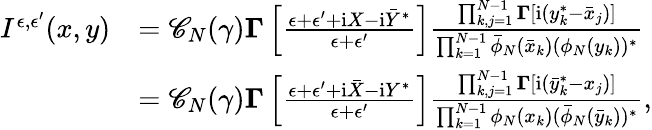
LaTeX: \begin{array}{rl}{I^{\epsilon,\epsilon^{\prime}}(x,y)}&{=\mathscr C_{N}(\gamma)\boldsymbol\Gamma\left[\frac{\epsilon+\epsilon^{\prime}+\mathrm{i}X-\mathrm{i}\bar{Y}^{*}}{\epsilon+\epsilon^{\prime}}\right]\frac{\prod_{k,j=1}^{N-1}\boldsymbol\Gamma[\mathrm{i}(y_{k}^{*}-\bar{x}_{j})]}{\prod_{k=1}^{N-1}\bar{\phi}_{N}(\bar{x}_{k})(\phi_{N}(y_{k}))^{*}}}\\ &{=\mathscr C_{N}(\gamma)\boldsymbol\Gamma\left[\frac{\epsilon+\epsilon^{\prime}+\mathrm{i}\bar{X}-\mathrm{i}Y^{*}}{\epsilon+\epsilon^{\prime}}\right]\frac{\prod_{k,j=1}^{N-1}\boldsymbol\Gamma[\mathrm{i}(\bar{y}_{k}^{*}-x_{j})]}{\prod_{k=1}^{N-1}\phi_{N}(x_{k})(\bar{\phi}_{N}(\bar{y}_{k}))^{*}},}\end{array}